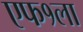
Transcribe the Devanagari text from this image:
एफ१ला